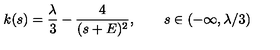
k ( s ) = \frac { \lambda } 3 - \frac { 4 } { ( s + E ) ^ { 2 } } , \qquad s \in ( - \infty , \lambda / 3 )